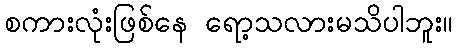
စကားလုံးဖြစ်နေ ရော့သလားမသိပါဘူး။